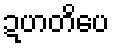
ဍဟတိပေ